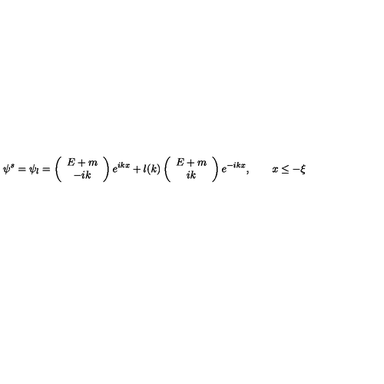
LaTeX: \psi ^ { s } = \psi _ { l } = \left( \begin{array} { c } { E + m } \\ { - i k } \\ \end{array} \right) e ^ { i k x } + l ( k ) \left( \begin{array} { c } { E + m } \\ { i k } \\ \end{array} \right) e ^ { - i k x } , \qquad x \leq - \xi